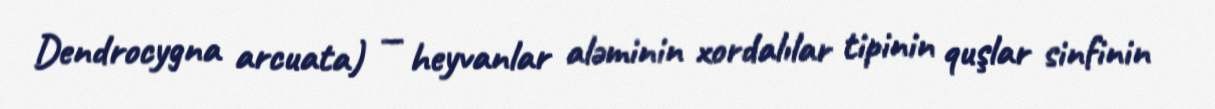
Dendrocygna arcuata) — heyvanlar aləminin xordalılar tipinin quşlar sinfinin